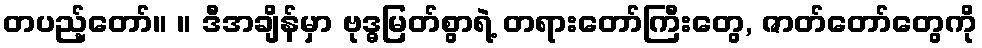
တပည့်တော်။ ။ ဒီအချိန်မှာ ဗုဒ္ဓမြတ်စွာရဲ့ တရားတော်ကြီးတွေ, ဇာတ်တော်တွေကို